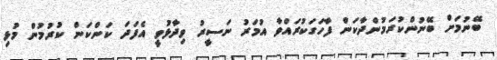
ބޭނުމަށް ބޭނުންކުރަމުންދާކަން ފާހަގަކުރައްވާ އުމަރު ނަސީރު ވިދާޅުވީ އެެފަދަ ކަންކަން ކުރުމުން މުޅި